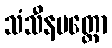
သံသီနပတ္တော